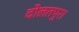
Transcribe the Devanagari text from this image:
दोलतपुरा